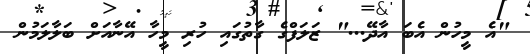
"އެ މީހުން އެބަ އާދޭ..." ޒަލަފްގެ ގާތުގައި ހުރި މީހާ އޭނާއަށް ބަލާލަމުން